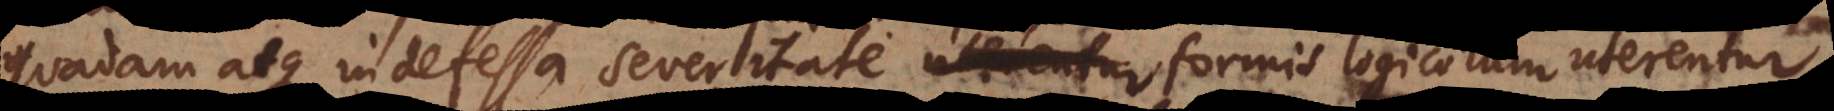
quadam atque indefessa severitate formis logicorum uterentur